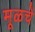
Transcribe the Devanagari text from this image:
मूळचें